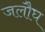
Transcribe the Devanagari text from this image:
जलौघ